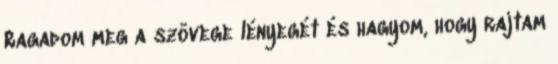
Ragadom meg a szövege lényegét és hagyom, hogy rajtam